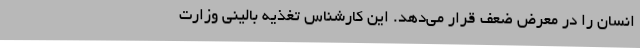
انسان را در معرض ضعف قرار می‌دهد. این کارشناس تغذیه بالینی وزارت